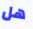
هل